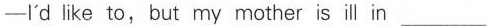
—I'd like to, but my mother is ill in ___